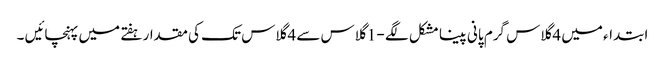
ابتداء میں 4 گلاس گرم پانی پینا مشکل لگے - 1 گلاس سے 4 گلاس تک کی مقدار ہفتے میں پہنچائیں ۔